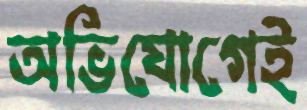
অভিযোগেই